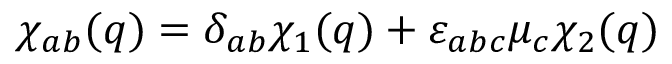
\chi _ { a b } ( q ) = \delta _ { a b } \chi _ { 1 } ( q ) + \varepsilon _ { a b c } \mu _ { c } \chi _ { 2 } ( q )